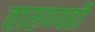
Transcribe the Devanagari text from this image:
तारुण्यही